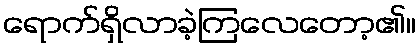
ရောက်ရှိလာခဲ့ကြလေတော့၏။